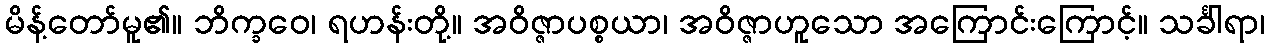
မိန့်တော်မူ၏။ ဘိက္ခဝေ၊ ရဟန်းတို့။ အဝိဇ္ဇာပစ္စယာ၊ အဝိဇ္ဇာဟူသော အကြောင်းကြောင့်။ သင်္ခါရာ၊